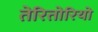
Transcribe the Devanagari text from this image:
तेरितोरियो